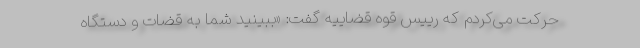
حرکت می‌کردم که رییس قوه قضاییه گفت: «ببینید شما به قضات و دستگاه